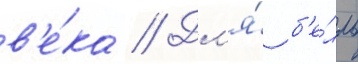
в'е́ка // Дл'я́ б'е́лль